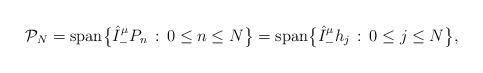
LaTeX: \begin{align*} {\mathcal P}_N={\rm span}\big\{\hat I_{-}^\mu P_n\,:\,0\le n\le N\big\}= {\rm span}\big\{\hat I_{-}^\mu h_j\,:\,0\le j\le N\big\}, \end{align*}